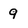
Character: 9